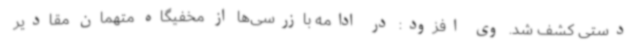
دستی کشف شد. وی افزود: در ادامه بازرسی‌ها از مخفیگاه متهمان مقادیر